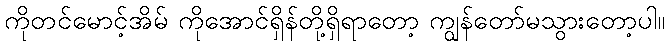
ကိုတင်မောင့်အိမ် ကိုအောင်ရှိန်တို့ရှိရာတော့ ကျွန်တော်မသွားတော့ပါ။